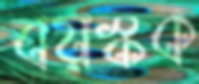
বয়স্কক